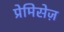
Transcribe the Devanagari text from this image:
प्रेमिसेज़